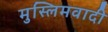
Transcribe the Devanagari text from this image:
मुस्लिमवादी